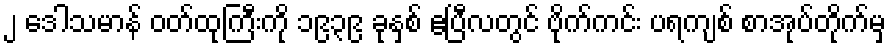
၂ ဒေါသမာန် ဝတ်ထုကြီးကို ၁၉၃၉ ခုနှစ် ဧပြီလတွင် ဗိုက်ကင်း ပရကျစ် စာအုပ်တိုက်မှ